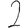
Digit: 2